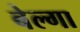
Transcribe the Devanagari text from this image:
बेल्गा